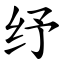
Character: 纾